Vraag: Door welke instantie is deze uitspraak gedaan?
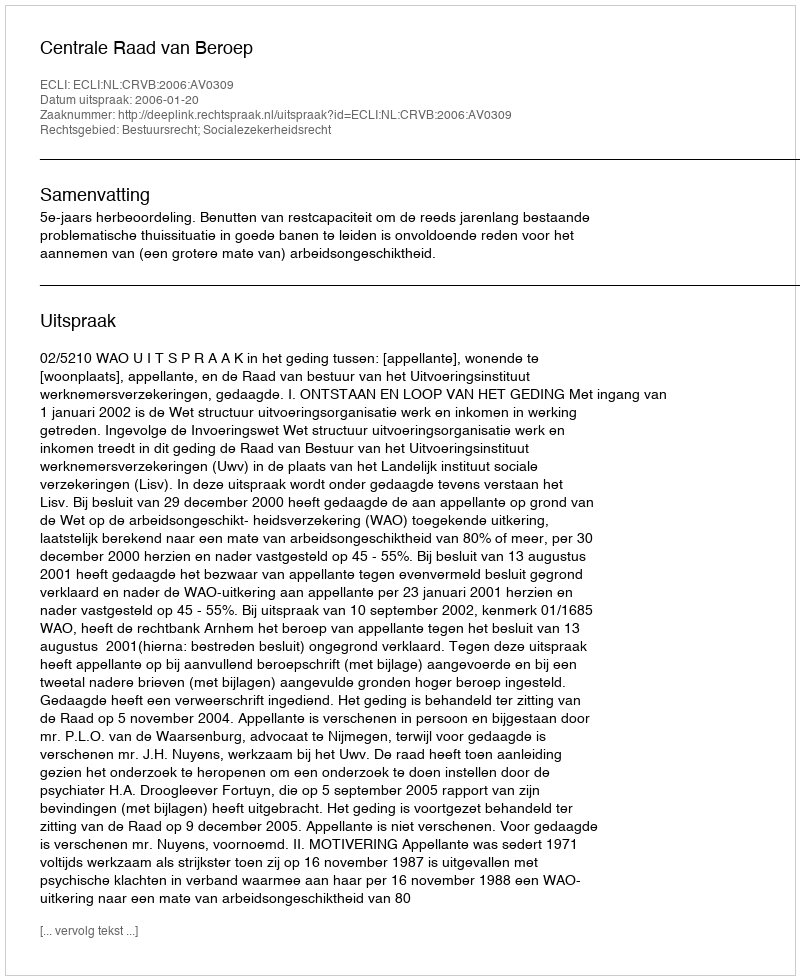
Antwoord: Centrale Raad van Beroep